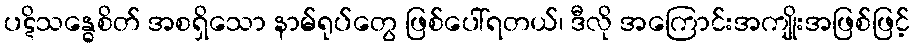
ပဋိသန္ဓေစိတ် အစရှိသော နာမ်ရုပ်တွေ ဖြစ်ပေါ်ရတယ်၊ ဒီလို အကြောင်းအကျိုးအဖြစ်ဖြင့်